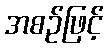
အစဉ်ဖြင့်